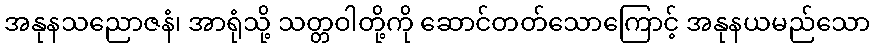
အနုနသညောဇနံ၊ အာရုံသို့ သတ္တဝါတို့ကို ဆောင်တတ်သောကြောင့် အနုနယမည်သော